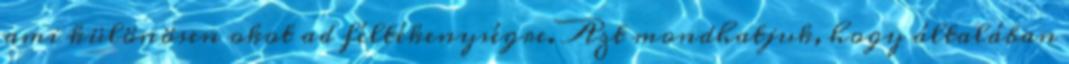
ami különösen okot ad féltékenységre. Azt mondhatjuk, hogy általában